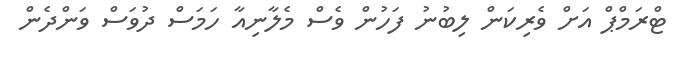
ޓްރަމްޕް އަށް ވެރިކަން ލިބުނު ފަހުން ވެސް މެލާނިއާ ހަމަަސް ދުވަސް ވަންދެން